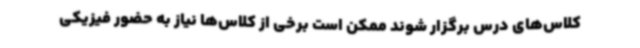
کلاس‌های درس برگزار شوند ممکن است برخی از کلاس‌ها نیاز به حضور فیزیکی